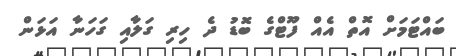
ބައްޓަމަށް އޮތް އެއް ފޫޓްގެ ބޮޑު ދެ ހިރި ގަލާއި ގަހަނާ އަޅަން